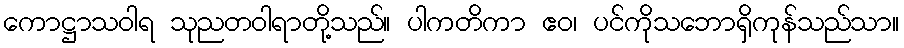
ကောဋ္ဌာသဝါရ သုညတဝါရာတို့သည်။ ပါကတိကာ ဧဝ၊ ပင်ကိုသဘောရှိကုန်သည်သာ။